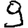
Digit: 9